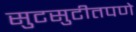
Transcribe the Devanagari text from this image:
सुटसुटीतपणे